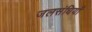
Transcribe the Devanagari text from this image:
जलसंधियाँ